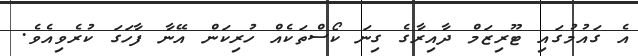
އެ ގައުމުގައި ޓޫރިޒަމް ދާއިރާގެ ގިނަ ކޯސްތަކެއް ހުރިކަން އޭނާ ފާހަގަ ކުރެވިއެވެ.